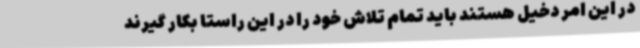
در این امر دخیل هستند باید تمام تلاش خود را در این راستا بکار گیرند